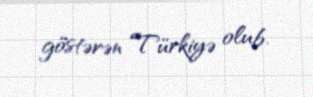
göstərən Türkiyə olub.